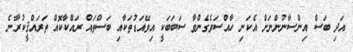
އަދި ބަސް އިންސާނުންނަށް އެކަނި ހާއްސަވެގެންވާ ސަބަބަކީ އިވޭއަޑުތަކާއި ބަސްތައް ރައްކާކޮއް ތަރައްޤީކުރާނެ